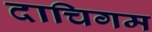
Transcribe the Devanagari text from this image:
दाचिगम